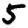
Digit: 5